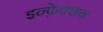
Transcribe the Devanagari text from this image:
इन्फ़ेक्शन